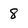
Character: 8